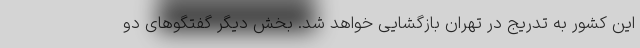
این کشور به تدریج در تهران بازگشایی خواهد شد. بخش دیگر گفتگوهای دو